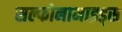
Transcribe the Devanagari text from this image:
सल्फोनामाइड्स